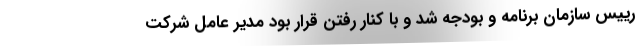
رییس سازمان برنامه و بودجه شد و با کنار رفتن قرار بود مدیر عامل شرکت